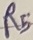
Text: R5